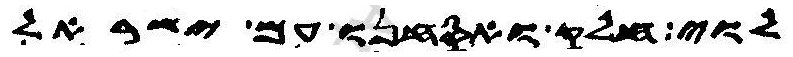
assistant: לוי חלק ואסחנו עם ישראל